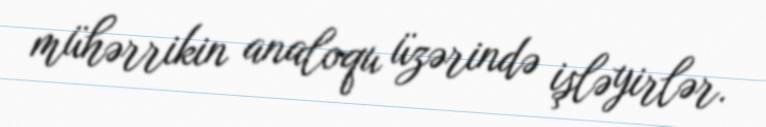
mühərrikin analoqu üzərində işləyirlər.